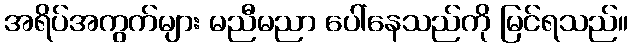
အရိပ်အကွက်များ မညီမညာ ပေါ်နေသည်ကို မြင်ရသည်။